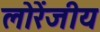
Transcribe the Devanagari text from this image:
लोरेंजीय